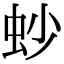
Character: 䖢